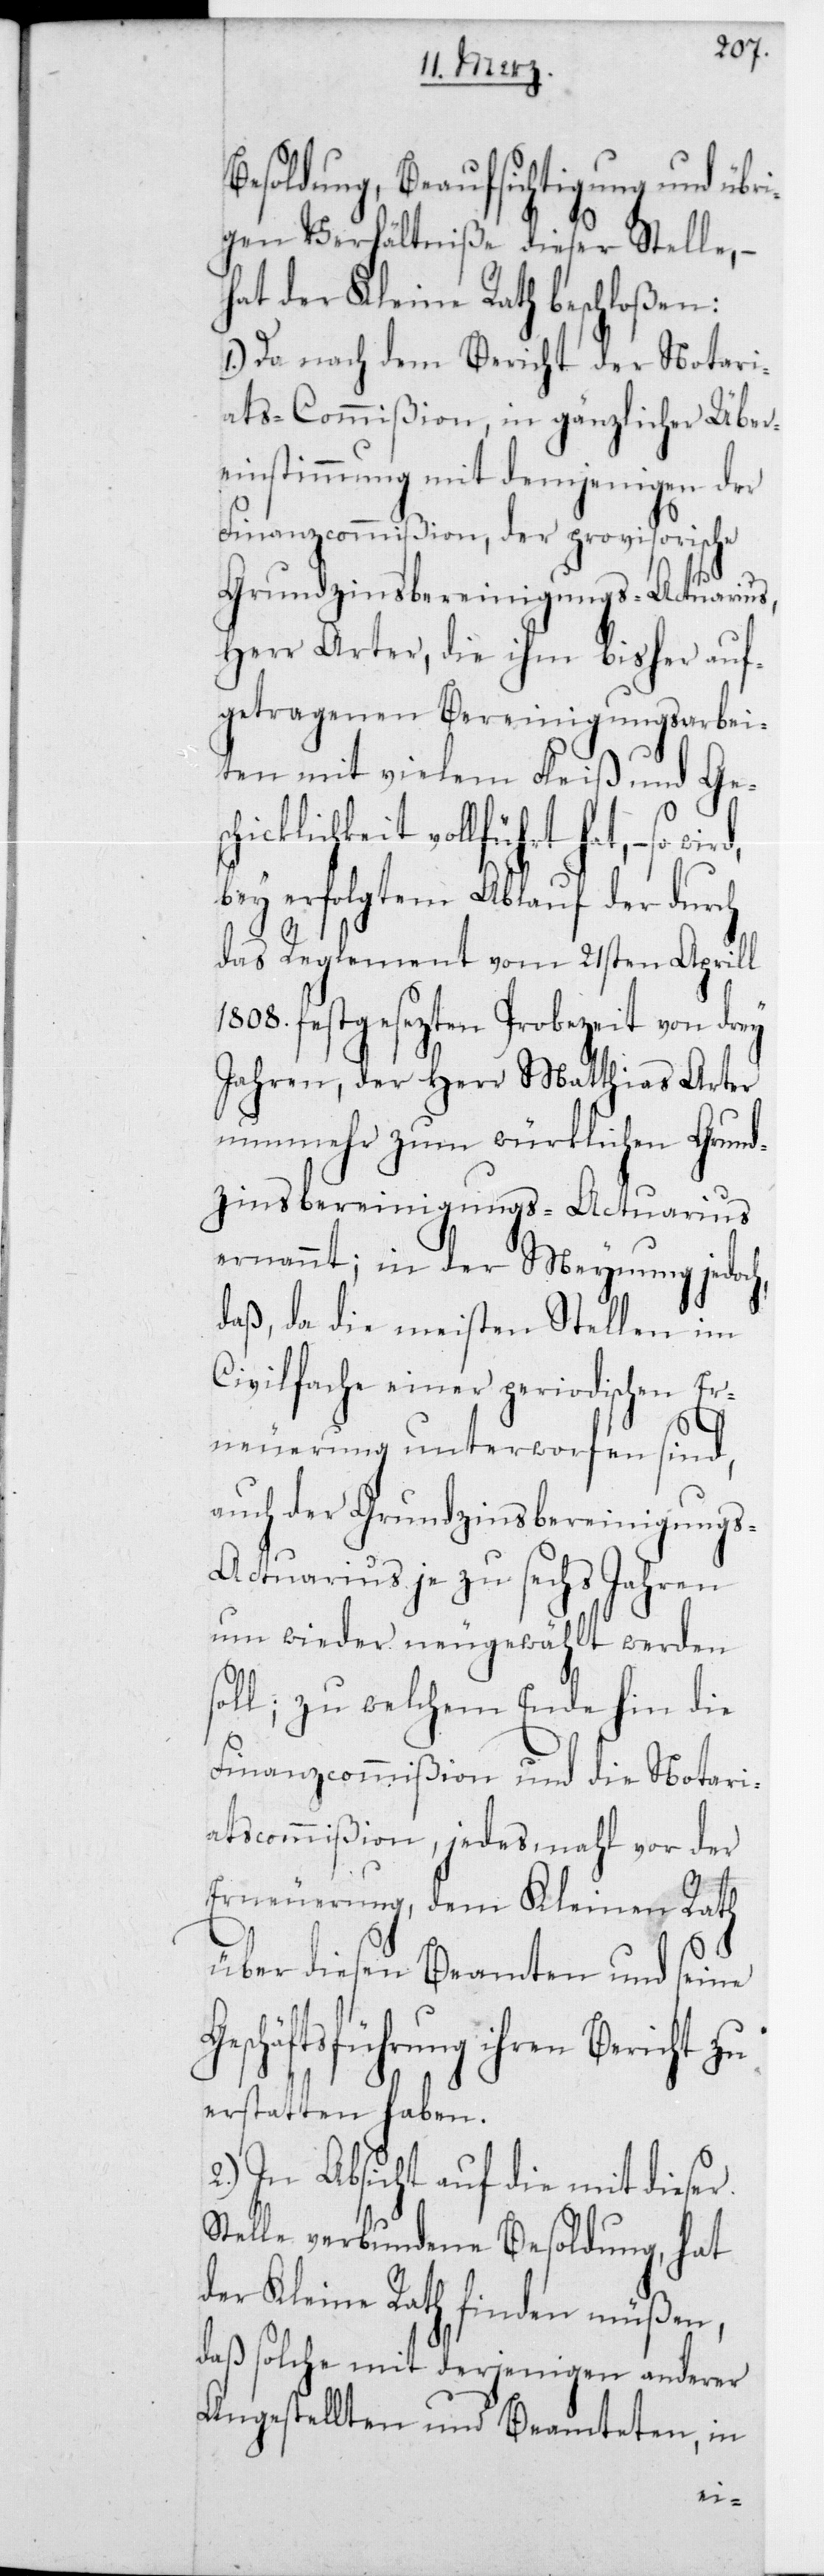
Besoldung, Beaufsichtigung und übri¬
gen Verhältniße dieser Stelle,
hat der Kleine Rath beschloßen:
1.) Da nach dem Bericht der Notari¬
ats-Commißion, in gänzlicher Über¬
einstimmung mit demjenigen der
Finanzcommißion, der provisorische
Grundzinsbereinigungs-Actuarius,
Herr Arter, die ihm bisher auf¬
getragenen Bereinigungsarbei¬
ten mit vielem Fleiß und Ges¬
chicklichkeit vollführt hat, – so
bey erfolgtem Ablauf der durch
das Reglement vom 21sten April
1808 festgesetzten Probezeit von drey
Jahren, der Herr Matthias Arter
nunmehr zum würklichen Grund¬
zinsbereinigungs-Actuarius
ernannt; in der Meynung jedoc¬
daß, da die meisten Stellen im
Civilfache einer periodischen Er¬
neuerung unterworfen sind,
auch der Grundzinsbereinigungs-A¬
ctuarius je zu sechs Jahren
um wieder neu gewählt werden
oll; zu welchem Ende hin die
Finanzcommißion und die Notari¬
atscommißion, jedes mahl vor der
Erneuerung, dem Kleinen Rath
über diesen Beamten und seine
Geschäftsführung ihren Bericht zu
erstatten haben.
2.) In Absicht auf die mit dieser
Stelle verbundene Besoldung, hat
der Kleine Rath finden müßen,
daß solche mit derjenigen anderer
Angestellten und Beam¬
teten,